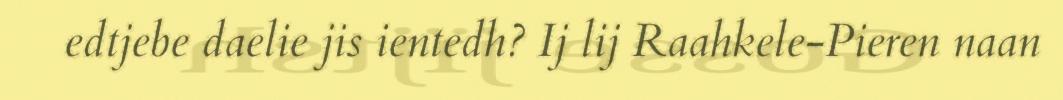
edtjebe daelie jis ientedh? Ij lij Raahkele-Pieren naan